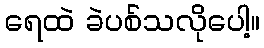
ရေထဲ ခဲပစ်သလိုပေါ့။